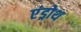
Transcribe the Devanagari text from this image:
एंड्रोथ